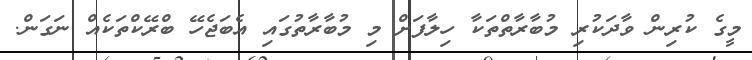
މީގެ ކުރިން ވާދަކުރި މުބާރާތްތަކާ ހިލާފަށް މި މުބާރާތުގައި އެބަޖެހޭ ބްރޭކްތަކެއް ނަގަން.